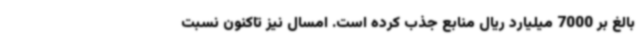
بالغ بر 7000 میلیارد ریال منابع جذب کرده است. امسال نیز تاکنون نسبت